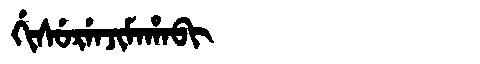
Manchu: ᡤᡳᠰᡠᡵᡝᠨᠵᡳᠮᠠᡥᠠᠪᡳ
Romanization: GISURENJIMAHABI